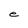
Character: e